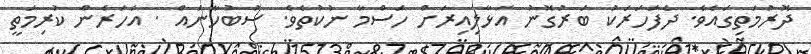
ދޮރުމަތިގައެވެ. ދެފަހަރަކު ބަރުގޮނު އަޅާލިއިރަށް ހަސްމާ ނުކުތެވެ. ސުބުހާނައް . އަހަރެން ކުރިމަތީ